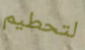
لتحطيم